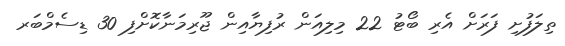
ތިލަފުށި ފަރަށް އެރި ބޯޓު 22 މިލިއަން ރުފިޔާއިން ޖޫރިމަނާކޮށްފި 30 ޑިސެމްބަރ